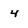
Character: 4